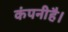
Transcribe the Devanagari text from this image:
कंपनीहै।